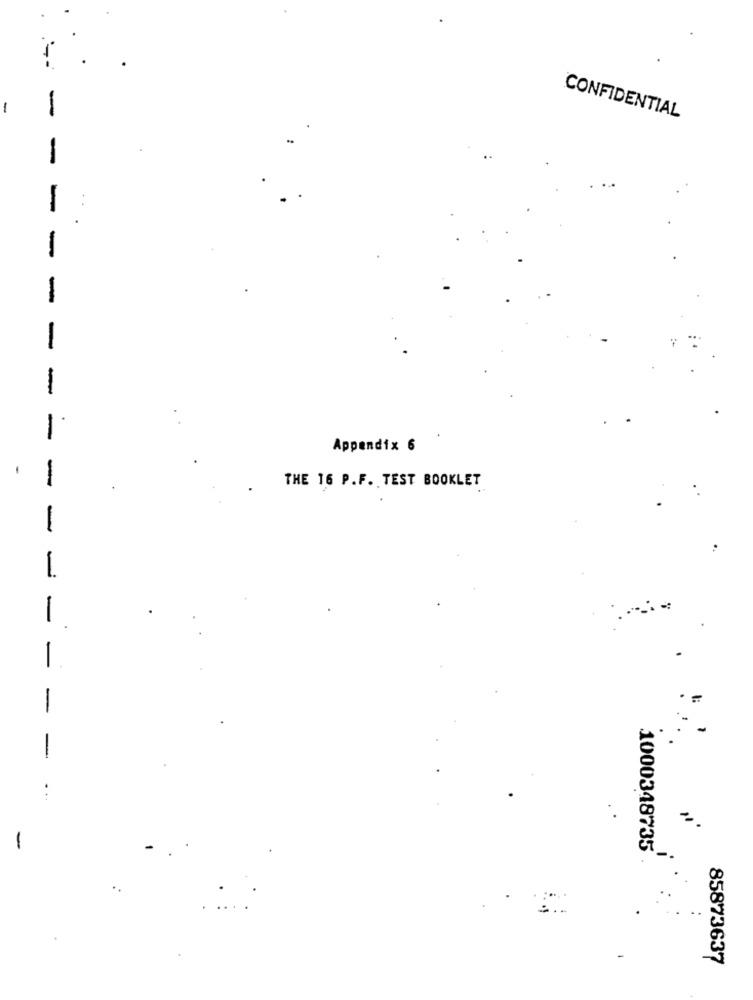
-
CONFIDENTIAL
-
Appendix 6
-
THE 16 P.F. TEST BOOKLET
-
-
1
-
1
-
1000348735
..
85873637